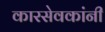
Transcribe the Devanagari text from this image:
कारसेवकांनी